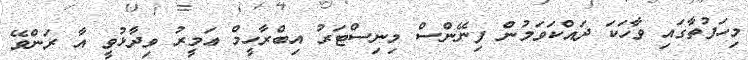
މިހަފުތާގައި ވާހަކަ ދައްކަވަމުން ފިނޭންސް މިނިސްޓަރު އިބްރާހީމް ޢަމީރު ވިދާޅުވީ އާ ރަންވޭ